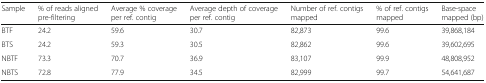
| Sample | % of reads aligned pre-filtering | Average % coverage per ref. contig | Average depth of coverage per ref. contig | Number of ref. contigs mapped | % of ref. contigs mapped | Base-space mapped (bp) |
 | --- | --- | --- | --- | --- | --- | --- |
 | BTF | 24.2 | 59.6 | 30.7 | 82,873 | 99.6 | 39,868,184 |
 | BTS | 24.2 | 59.3 | 30.5 | 82,862 | 99.6 | 39,602,695 |
 | NBTF | 73.3 | 70.7 | 36.9 | 83,107 | 99.9 | 48,808,952 |
 | NBTS | 72.8 | 77.9 | 34.5 | 82,999 | 99.7 | 54,641,687 |